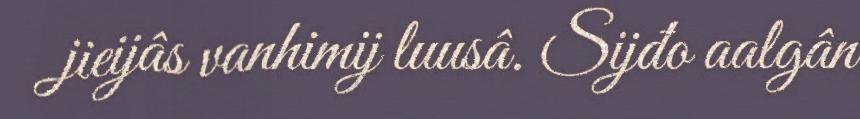
jieijâs vanhimij luusâ. Sijđo aalgân